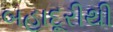
બહાદૂરીથી